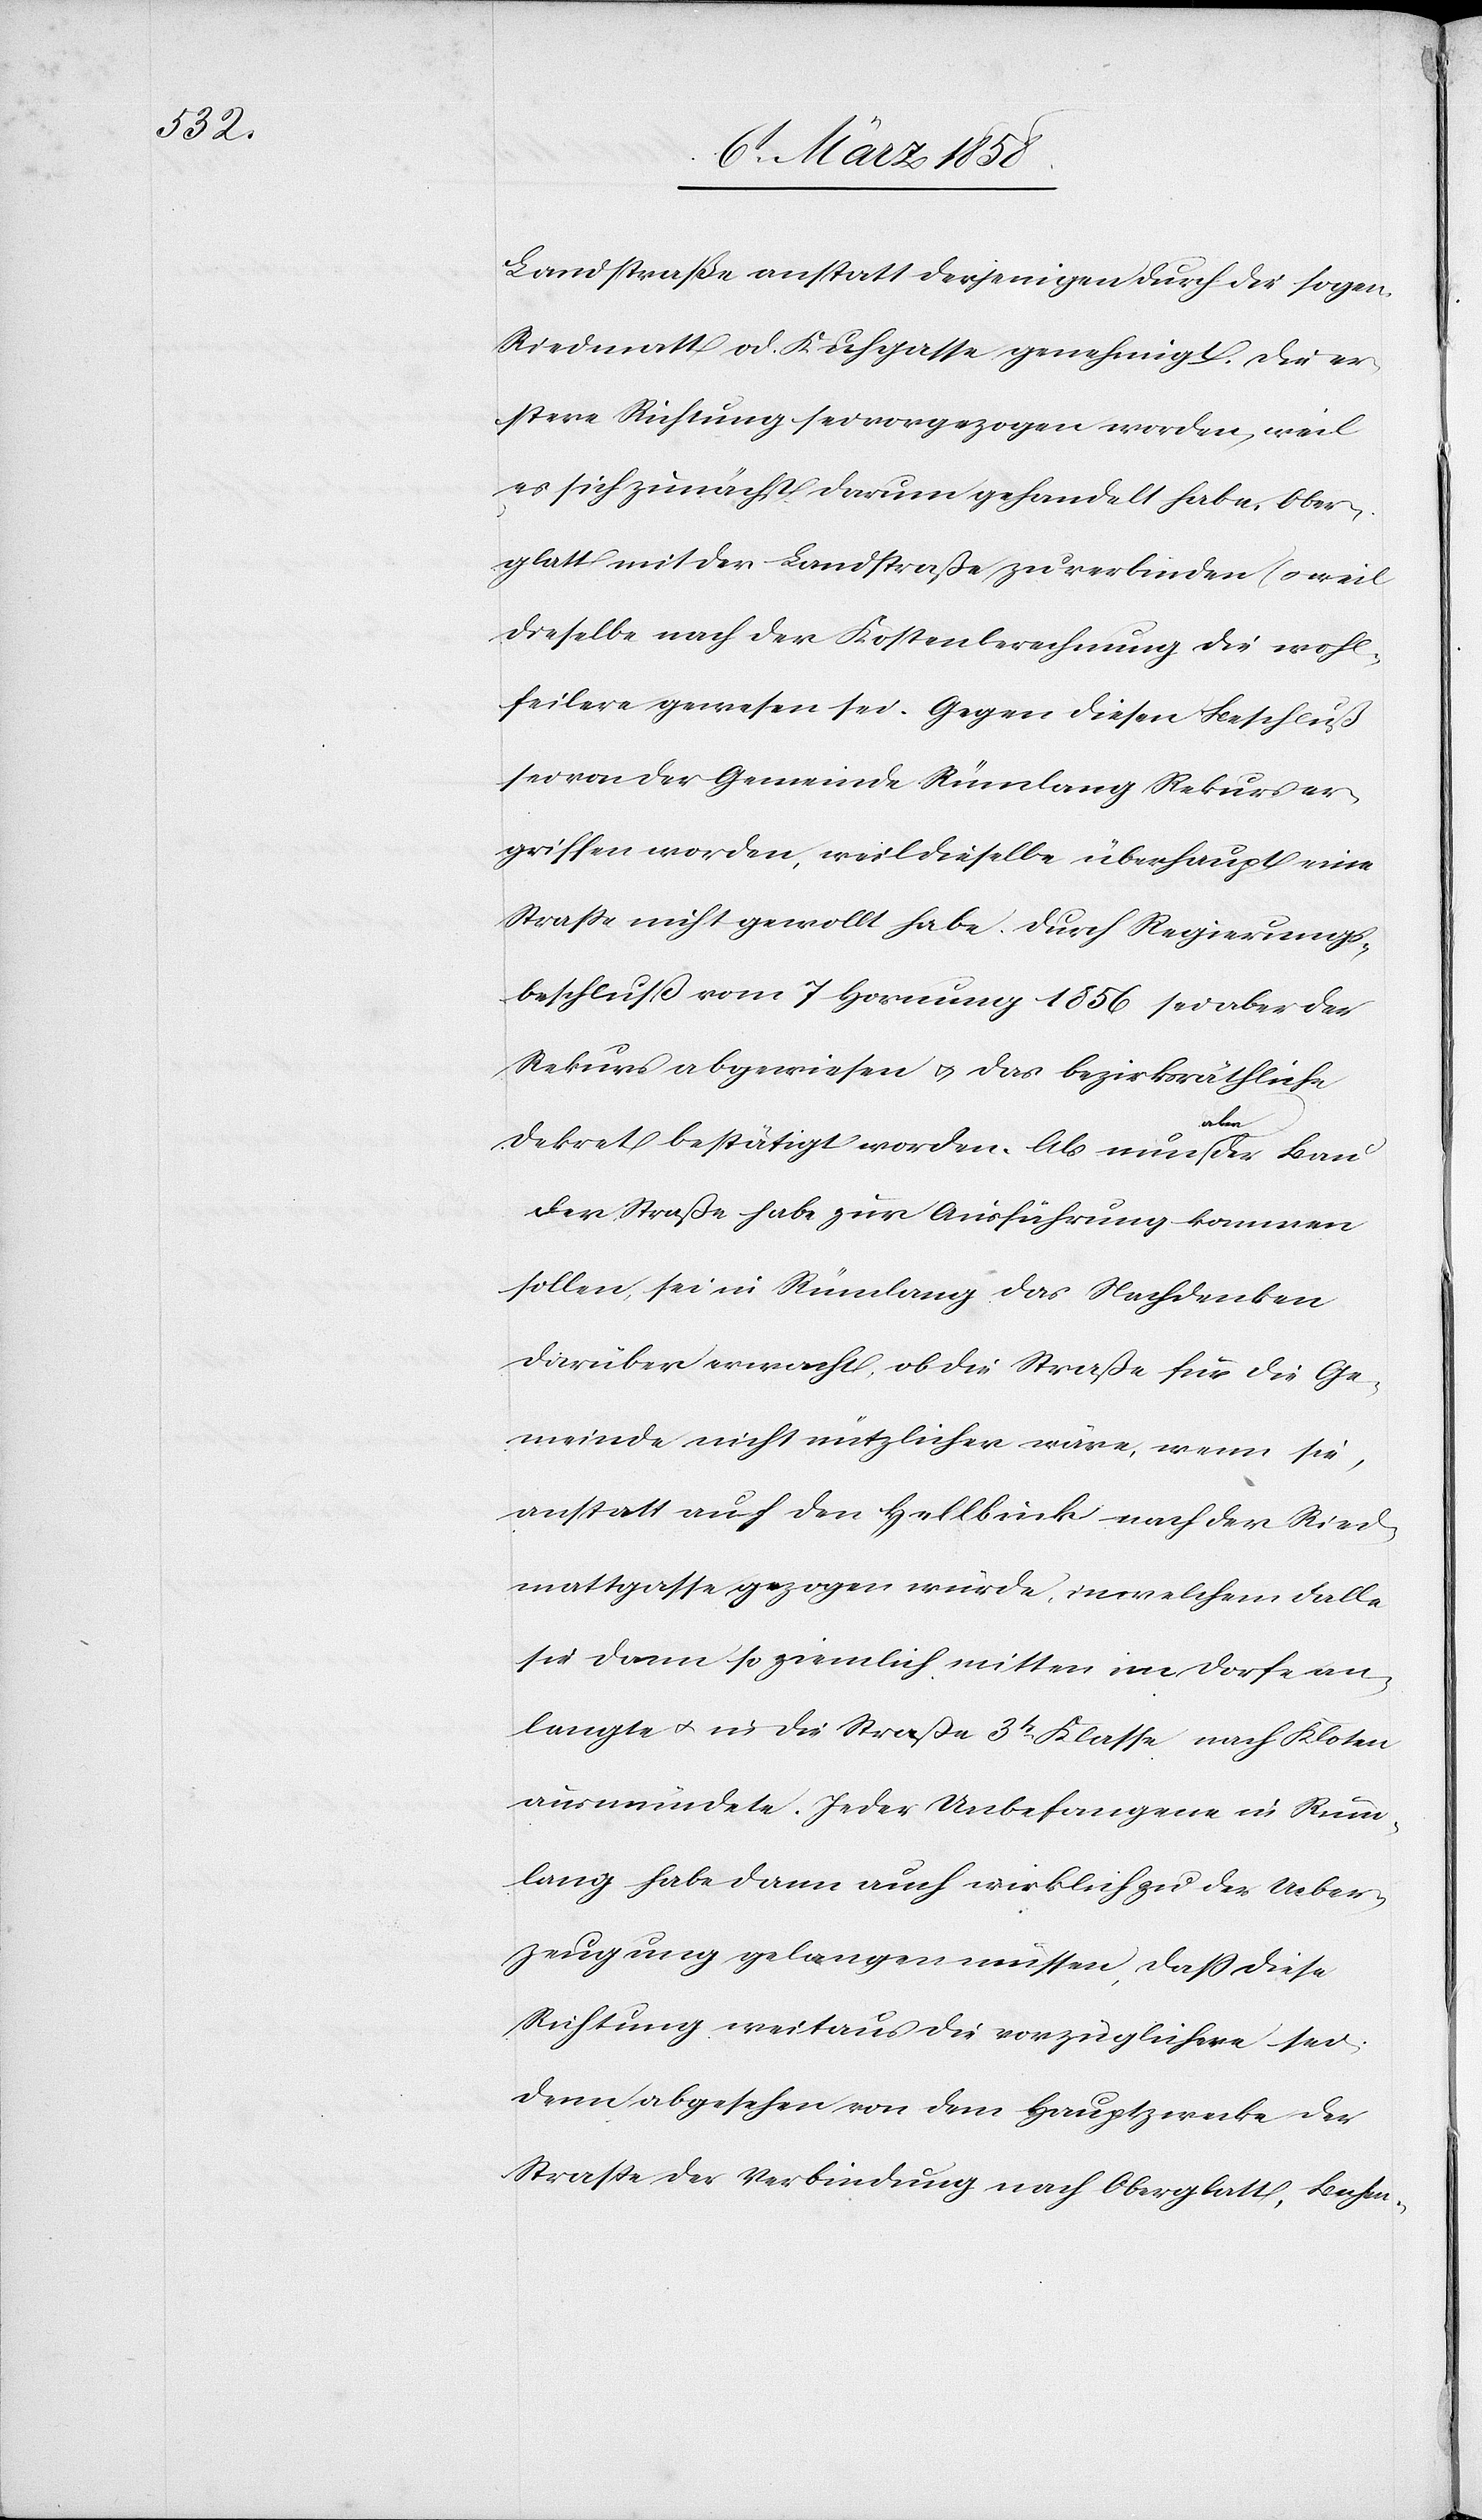
Landstraße anstatt derjenigen durch das sogen.
Riedmatt od. Kuhgasse genehmigt. Die er¬
stere Richtung sei vorgezogen worden, weil
es sich zunächst darum gehandelt habe, Ober¬
glatt mit der Landstraße zu verbinden (weil
dieselbe nach der Kostenberechnung die wohl¬
feilere gewesen sei.[)] Gegen diesen Beschluß
sei von der Gemeinde Rümlang Rekurs er¬
griffen worden, weil dieselbe überhaupt eine
Straße nicht gewollt habe. Durch Regierungs¬
beschluß vom 7. Hornung 1856 sei aber der
Rekurs abgewiesen u. das bezirksräthliche
Dekret bestätigt worden. Als nun aber der Bau
der Straße habe zur Ausführung kommen
sollen, sei in Rümlang das Nachdenken
darüber erwacht, ob die Straße für die Ge¬
meinde nicht nützlicher wäre, wenn sie,
anstatt auf den Hellbuck nach der Riedt¬
mattgasse gezogen würde, in welchem Falle
sie dann so ziemlich mitten im Dorfe an¬
langte u. in die Straße 3t Klasse nach Kloten
ausmündete. Jeder Unbefangene in Rüm¬
lang habe dann auch wirklich zu der Ueber¬
zeugung gelangen müssen, daß diese
Richtung weitaus die vorzüglichere sei,
denn abgesehen von dem Hauptzwecke der
Straße der Verbindung nach Oberglatt, Bahn-